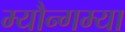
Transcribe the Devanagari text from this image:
म्यौन्गम्या